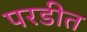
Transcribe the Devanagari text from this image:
परडीत